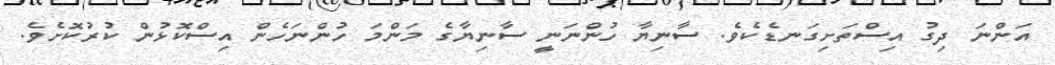
އަންނަ ދިގު އިސްތަށިގަނޑެކެވެ. ސާނިޔާ ހުންނަނީ ސާނިޔާގެ މަންމަ ހުންނަހެން އިސްކޮޅުން ކުރުކޮށެވެ.